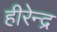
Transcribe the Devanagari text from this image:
हीरेन्द्र